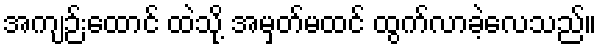
အကျဉ်းထောင် ထဲသို့ အမှတ်မထင် ထွက်လာခဲ့လေသည်။